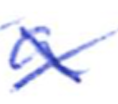
Text: a
Cross-out: cross
Writing tool: ballpoint